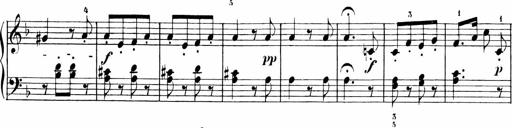
Title: 6 Liedersonatinen
Composer: Carl Reinecke